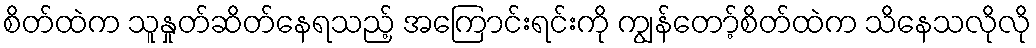
စိတ်ထဲက သူနှုတ်ဆိတ်နေရသည့် အကြောင်းရင်းကို ကျွန်တော့်စိတ်ထဲက သိနေသလိုလို